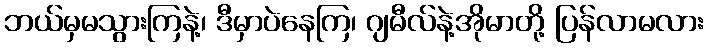
ဘယ်မှမသွားကြနဲ့၊ ဒီမှာပဲနေကြ၊ ဂျမီလ်နဲ့အိုမာတို့ ပြန်လာမလား